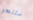
ستنجو